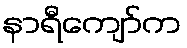
နာရီကျော်က